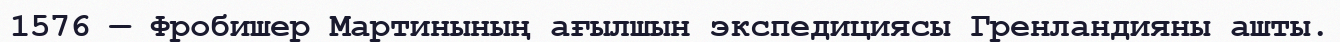
1576 — Фробишер Мартинының ағылшын экспедициясы Гренландияны ашты.